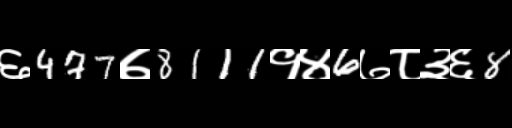
Text: ६477७8111१४6७८३६8